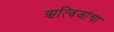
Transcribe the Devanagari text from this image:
ऋत्विजांचा